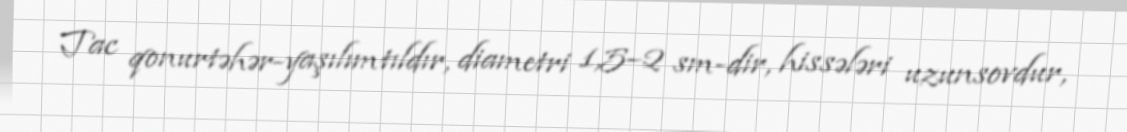
Tac qonurtəhər-yaşılımtıldır, diametri 1,5–2 sm-dir, hissələri uzunsovdur,